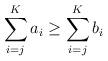
LaTeX: \begin{align*}\sum_{i=j}^{K }a_i\geq \sum_{i=j}^{K }b_i\end{align*}